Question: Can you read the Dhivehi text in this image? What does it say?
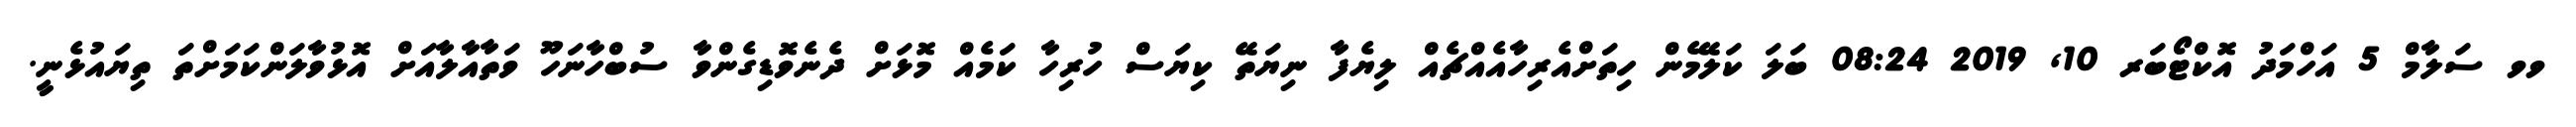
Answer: ވވ ސަލާމް 5 އަހްމަދު އޮކްޓޯބަރ 10, 2019 08:24 ބަލަ ކަލޭމެން ހިތަށްއެރިހާއެއްޗެއް ލިޔެފާ ނިޔަތޭ ކިޔަސް ހުރިހާ ކަމެއް މޮޅަށް ދެނެވޮޑިގެންވާ ސުބްހާނަހޫ ވަތާއާލާއަށް އޮޅުވާލަންކަމަށްތަ ތިޔައުޅެނީ.